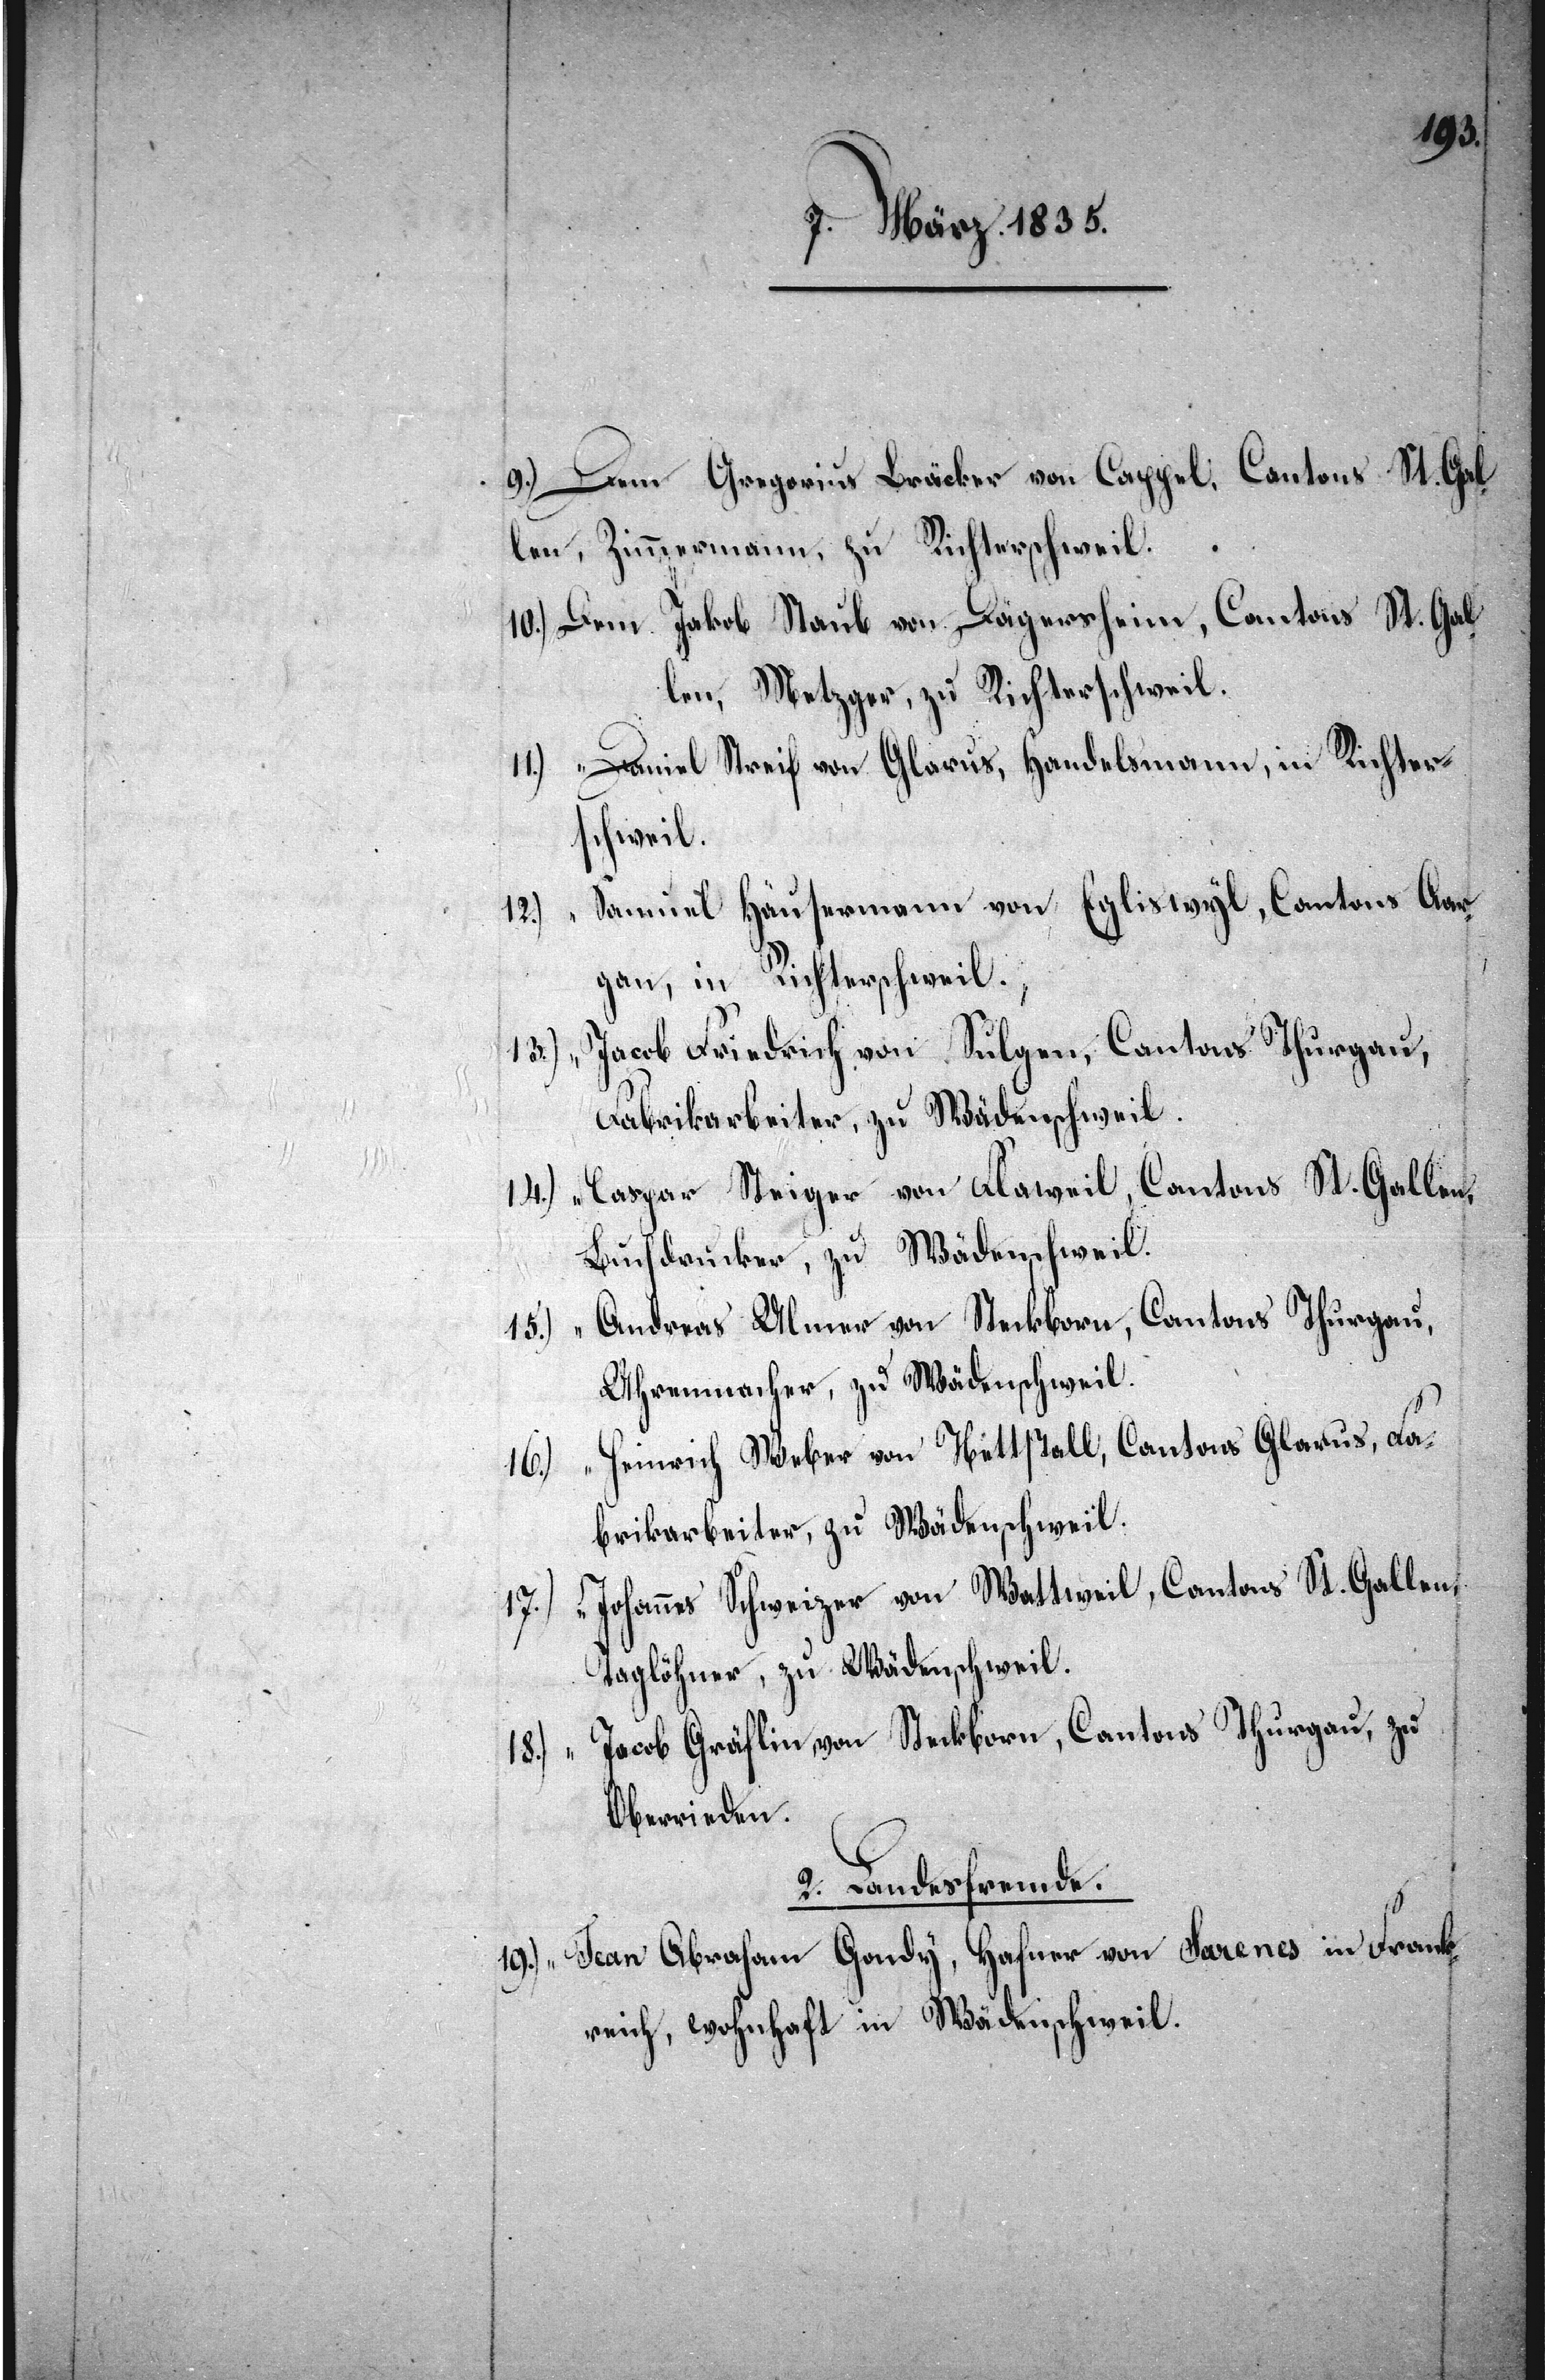
9.) Dem Gregorius Bräcker von Cappel, Cantons St. Gal¬
len, Zimmermann, zu Richterschweil.
10.) Dem Jakob Staub von Dägersheim, Cantons St. Gal¬
len, Metzger, zu Richterschweil.
Daniel Streif von Glarus, Handelsmann, in Richter¬
14.)
schweil.
Samuel Häusermann von Egliswyl, Cantons Aar¬
12.)
gau, in Richterschweil.
13.) “ Jacob Friedrich von Sulgen, Cantons Thurgau,
Fabrikarbeiter, zu Wädenschweil.
Caspar Steiger von Flaweil, Cantons St. Gallen,
Buchdrucker, zu Wädenschweil.
Andreas Ulmer von Steckborn, Cantons Thurgau,
Uhrenmacher, zu Wädenschweil.
Heinrich Weber von Nettstall, Cantons Glarus, Fa¬
16.)
brikarbeiter, zu Wädenschweil.
17.) “ Johannes Schweizer von Wattweil, Cantons St. Gallen,
Taglöhner, zu Wädenschweil.
Jacob Gräflin von Steckborn, Cantons Thurgau, zu
18.) “
Oberrieden.
2. Landesfremde.
19.) “ Jean Abraham Gondy, Hafner von Sarenes in Frank¬
reich, wohnhaft in Wädenschweil.